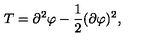
T = \partial ^ { 2 } \varphi - \frac { 1 } { 2 } ( \partial \varphi ) ^ { 2 } ,